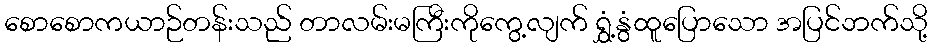
စောစောကယာဉ်တန်းသည် တာလမ်းမကြီးကိုကွေ့လျက် ရွှံ့နွံထူပြောသော အပြင်ဘက်သို့